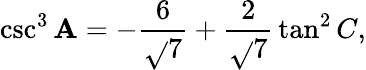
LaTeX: \csc^{3}\mathbf{A}=-{\frac{{6}}{{\sqrt{}{{7}}}}}+{\frac{{2}}{{\sqrt{}{{7}}}}}\tan^{2}C,